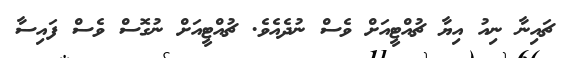
ޗައިނާ ނިއު އިޔާ ޗުއްޓީއަށް ވެސް ނުދެއެވެ. ޗުއްޓީއަށް ނުގޮސް ވެސް ފައިސާ